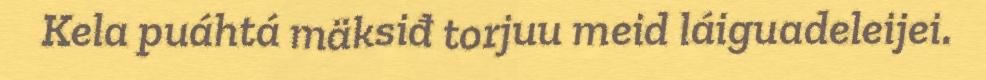
Kela puáhtá mäksiđ torjuu meid láiguadeleijei.